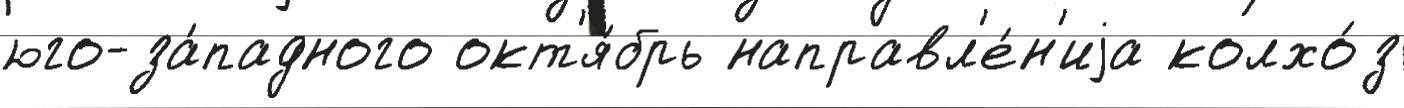
юго-за́падного окт'я́брь направл'е́н'иjа колхо́з